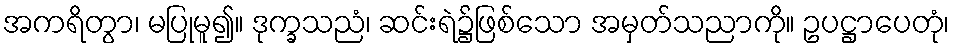
အကရိတွာ၊ မပြုမူ၍။ ဒုက္ခသညံ၊ ဆင်းရဲ၌ဖြစ်သော အမှတ်သညာကို။ ဥပဋ္ဌာပေတုံ၊